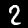
Digit: 2